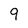
Character: 9